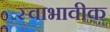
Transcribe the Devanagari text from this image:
स्वाभावीक